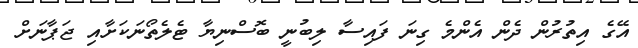
އޭގެ އިތުރުން ދެން އެންމެ ގިނަ ފައިސާ ލިބުނީ ބޮސްނިޔާ ޓެލެތޯނަކަށާއި ޖަޕާނަށް